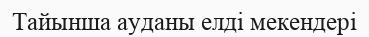
Тайынша ауданы елді мекендері